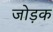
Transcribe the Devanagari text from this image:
जोड़क